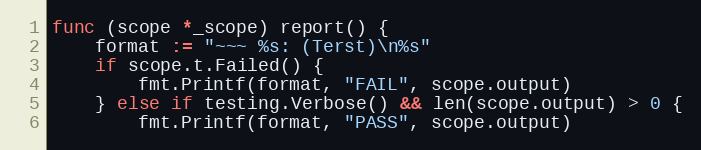
Language: Go
func (scope *_scope) report() {
	format := "~~~ %s: (Terst)\n%s"
	if scope.t.Failed() {
		fmt.Printf(format, "FAIL", scope.output)
	} else if testing.Verbose() && len(scope.output) > 0 {
		fmt.Printf(format, "PASS", scope.output)